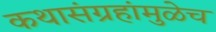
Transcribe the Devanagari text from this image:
कथासंग्रहांमुळेच